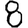
Digit: 8